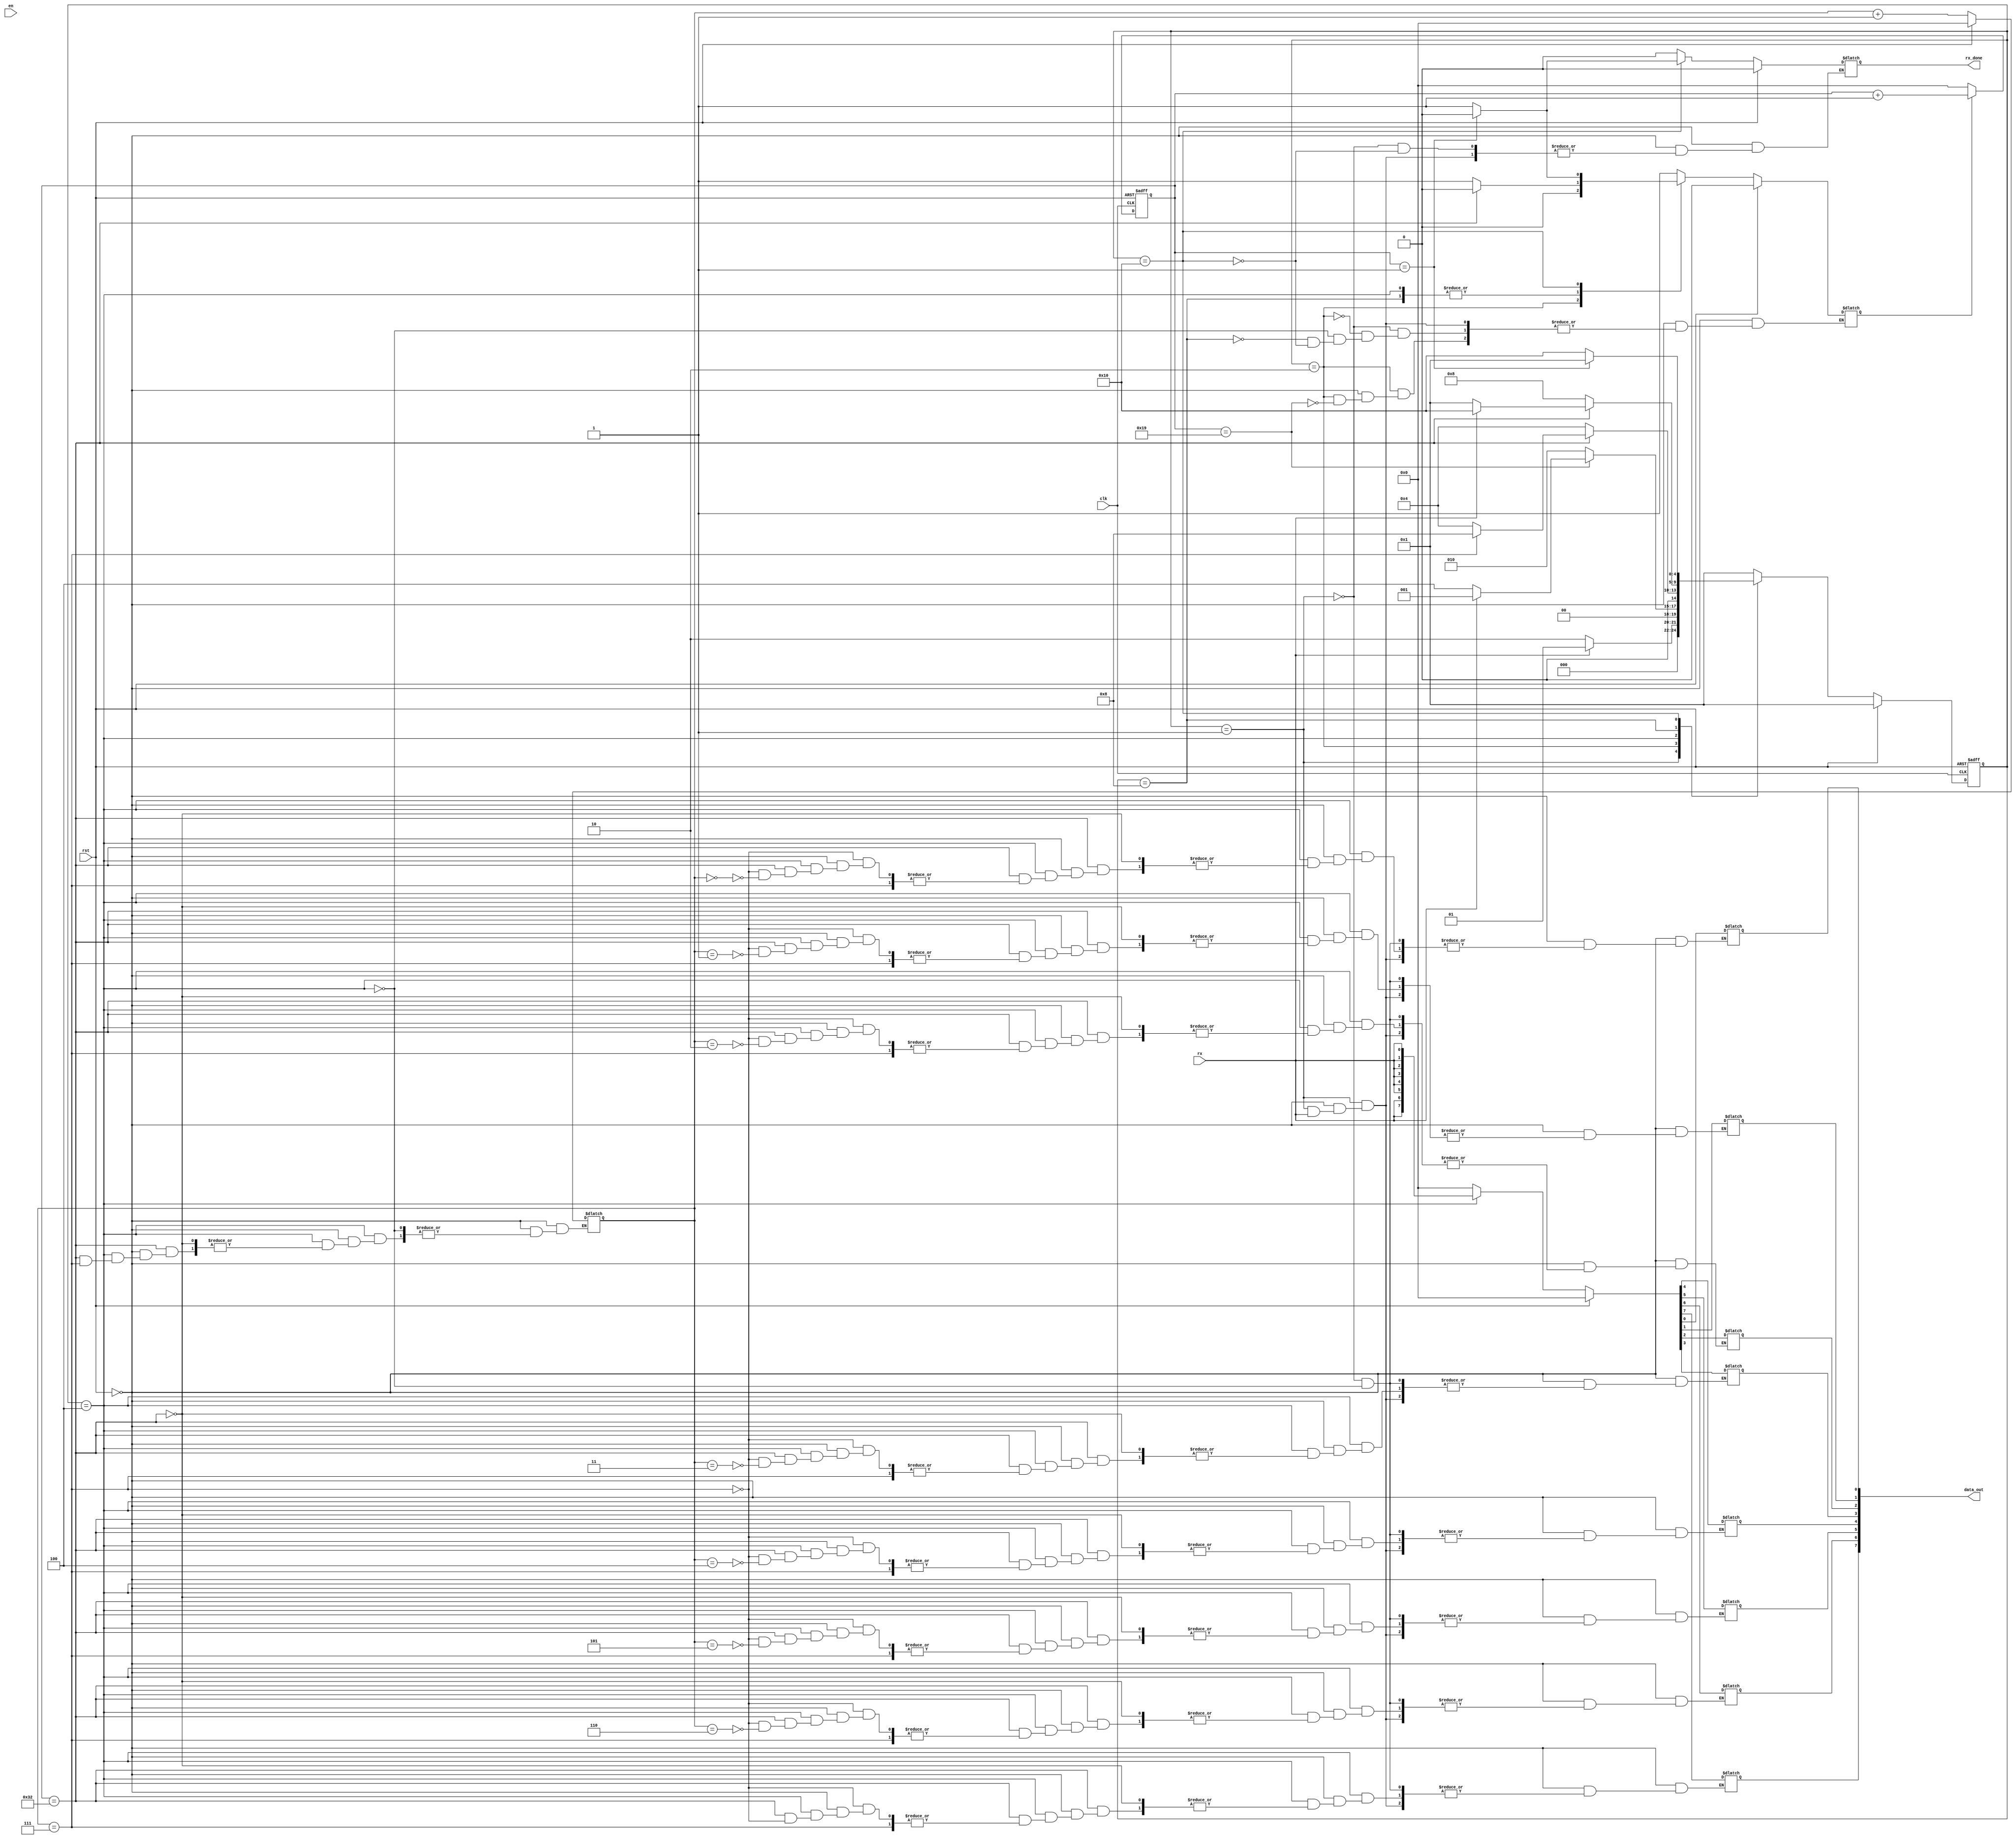
`timescale 1ns / 1ps
//////////////////////////////////////////////////////////////////////////////////
// Company: 
// Engineer: 
// 
// Design Name: 
// Module Name: FT234XD_RX
// Project Name: 
// Target Devices: 
// Tool Versions: 
// Description: 
// 
// Dependencies: 
// 
// Revision:
// Revision 0.01 - File Created
// Additional Comments:
// 
//////////////////////////////////////////////////////////////////////////////////


module FT234XD_RX(
     input clk,
     input rst,
     input en,
     input rx,
     output reg [7:0] data_out,
     output reg rx_done

    );
    
    
 localparam s_idle = 5'b00001,
                 s_start= 5'b00010,
                 s_rd   = 5'b00100,
                 s_stop = 5'b01000,
                 s_done = 5'b10000;
                 
 localparam t_1_bit = 50;
       
  reg [4:0] cur_state, next_state;
  reg [7:0] time_count;
  reg en_count;
  reg [7:0] rx_bits;
  
  
   always @(posedge clk or posedge rst)
           if (rst) begin
               cur_state <= s_idle;
           end else begin
                cur_state <= next_state;
           end
       
  always @(posedge clk or posedge rst)
            if (rst) begin
                time_count <= 8'd0;
            end else if (en_count == 0) begin
                time_count <= 8'd0;
            end else begin
                time_count <= time_count + 1;
            end
            
  always @(*)
           if (rst) begin
               next_state = s_idle;
               en_count = 1'b0; 
               rx_done = 1'b0;
               rx_bits = 8'b0;
               data_out =8'd0;
            end else begin
                case (cur_state)
                    s_idle:   if (rx==0) begin
                                  next_state = s_start;
                                  en_count = 1'b1;
                                  rx_done = 1'b0;
                                  data_out =8'd0;
                               end else begin
                                   next_state = s_idle;
                                end
                                
                     s_start:   if (time_count == t_1_bit/2) begin
                                   en_count = 1'b0;
                                   if (rx == 0)
                                      next_state = s_rd;
                                   else
                                       next_state = s_idle;
                                end else begin 
                                    next_state = s_start;
                                end
                                 
                     s_rd:       if (time_count == t_1_bit) begin
                                    en_count =1'b0;
                                    if (rx_bits== 8'd7)
                                        next_state = s_stop;
                                    else begin
                                        data_out[rx_bits]= rx;
                                        rx_bits = rx_bits + 1;
                                        next_state = s_rd;
                                    end
                                end else begin
                                     en_count = 1'b1;                                   
                                     next_state = s_rd;
                                 end
       
                       s_stop:      if (time_count == t_1_bit) begin
                                       en_count = 1'b0;
                                       if (rx == 1)
                                           next_state = s_done;
                                       else
                                             next_state = s_idle;
                                  end else begin
                                       en_count = 1'b1;                                      
                                       next_state = s_stop;
                                  end
                                  
                     s_done:       if (time_count == 1) begin
                                        en_count= 1'b0;
                                        rx_done = 1'b0;
                                        next_state = s_idle;
                                        
                                    end else begin
                                        en_count = 1'b1;
                                        rx_done = 1'b1;
                                        next_state = s_done;
                                    end
                                    
                       default: begin next_state = s_idle; end
                 endcase
                 
            end
       
endmodule